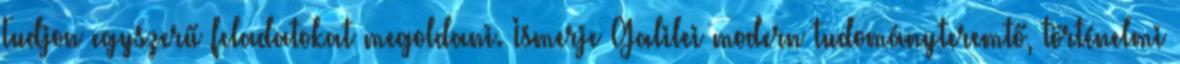
Tudjon egyszerű feladatokat megoldani. Ismerje Galilei modern tudományteremtő, történelmi